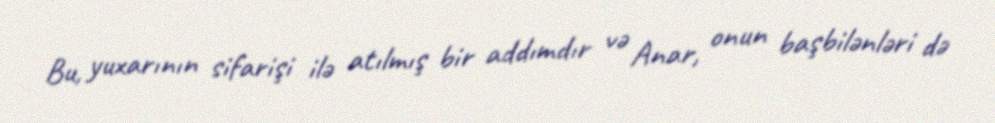
Bu, yuxarının sifarişi ilə atılmış bir addımdır və Anar, onun başbilənləri də